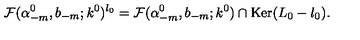
{ \cal F } ( \alpha _ { - m } ^ { 0 } , b _ { - m } ; k ^ { 0 } ) ^ { l _ { 0 } } = { \cal F } ( \alpha _ { - m } ^ { 0 } , b _ { - m } ; k ^ { 0 } ) \cap \mathrm { K e r } ( L _ { 0 } - l _ { 0 } ) .